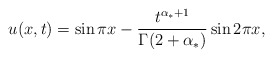
\begin{align*} u(x,t) = \sin \pi x - \frac{t^{\alpha_* +1}}{\Gamma(2+\alpha_*)} \sin 2\pi x, \end{align*}